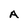
Character: A